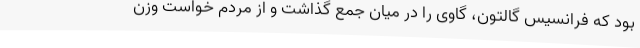
بود که فرانسیس گالتون، گاوی را در میان جمع گذاشت و از مردم خواست وزن